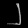
Digit: ၂